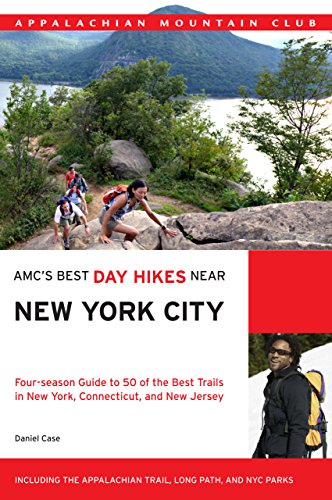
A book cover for AMC's Best Day Hikes Near New York City: Four-Season Guide To 50 Of The Best Trails In New York, Connecticut, And New Jersey; Daniel Case; Travel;